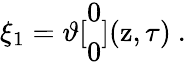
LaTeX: \xi_{1}=\vartheta[\begin{array}{c}{{0}}\\ {{0}}\end{array}](\mathrm{z},\tau)\ .